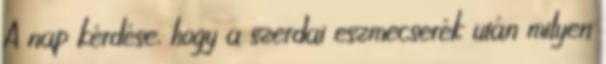
A nap kérdése, hogy a szerdai eszmecserék után milyen